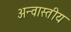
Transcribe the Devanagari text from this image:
अन्वास्तीय